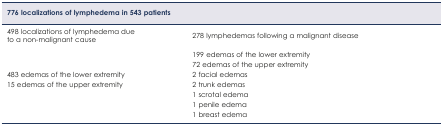
<table><thead><tr><td><b>776 localizations of lymphedema in 543 patients</b></td><td></td></tr></thead><tbody><tr><td>498 localizations of lymphedema due to a non-malignant cause</td><td>278 lymphedemas following a malignant disease</td></tr><tr><td></td><td>199 edemas of the lower extremity</td></tr><tr><td></td><td>72 edemas of the upper extremity</td></tr><tr><td>483 edemas of the lower extremity</td><td>2 facial edemas</td></tr><tr><td>15 edemas of the upper extremity</td><td>2 trunk edemas</td></tr><tr><td></td><td>1 scrotal edema</td></tr><tr><td></td><td>1 penile edema</td></tr><tr><td></td><td>1 breast edema</td></tr></tbody></table>